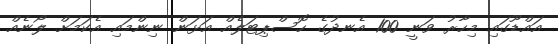
އައްޑޫގައި މިހާރު ވަނީ 100 އެނދުގެ ހޮސްޕިޓަލެއް އަޅަން ނިންމައި އެކަމަށް ލޯނެއް